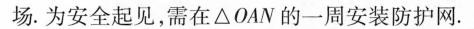
场。为安全起见，需在△OAN的一周安装防护网。